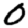
Digit: 0